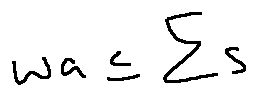
w a \leq \sum S